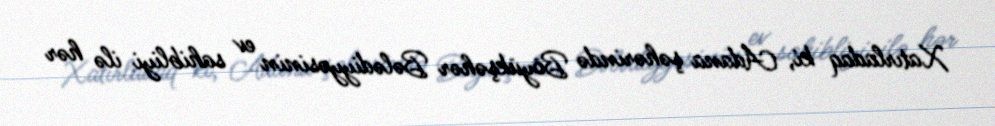
Xatırladaq ki, Adana şəhərində Böyükşəhər Bələdiyyəsinin ev sahibliyi ilə hər